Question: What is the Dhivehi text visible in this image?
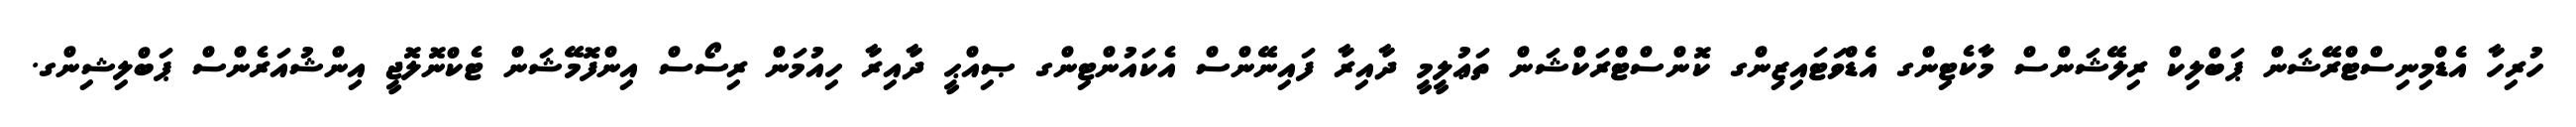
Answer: ހުރިހާ އެޑްމިނިސްޓްރޭޝަން ޕަބްލިކް ރިލޭޝަންސް މާކެޓިންގ އެޑްވަޓައިޒިންގ ކޮންސްޓްރަކްޝަން ތަޢުލީމީ ދާއިރާ ފައިނޭންސް އެކައުންޓިންގ ޞިއްޙީ ދާއިރާ ހިއުމަން ރިސޯސް އިންފޮމޭޝަން ޓެކްނޮލޮޖީ އިންޝުއަރެންސް ޕަބްލިޝިންގ.